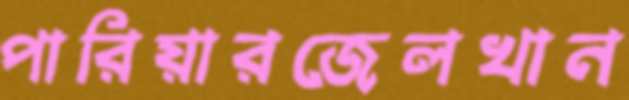
পারিয়ারজেলখান